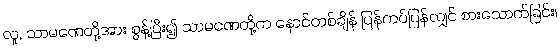
လူ, သာမဏေတို့အား စွန့်ပြီး၍ သာမဏေတို့က နောင်တစ်ချိန် ပြန်ကပ်ပြန်လျှင် စားသောက်ခြင်း၊